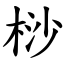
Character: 桫